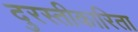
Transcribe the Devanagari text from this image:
दुरस्तीकारिता